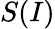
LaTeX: S(I)